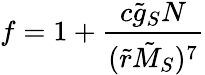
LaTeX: f=1+{\frac{c\tilde{g}_{S}N}{(\tilde{r}\tilde{M}_{S})^{7}}}